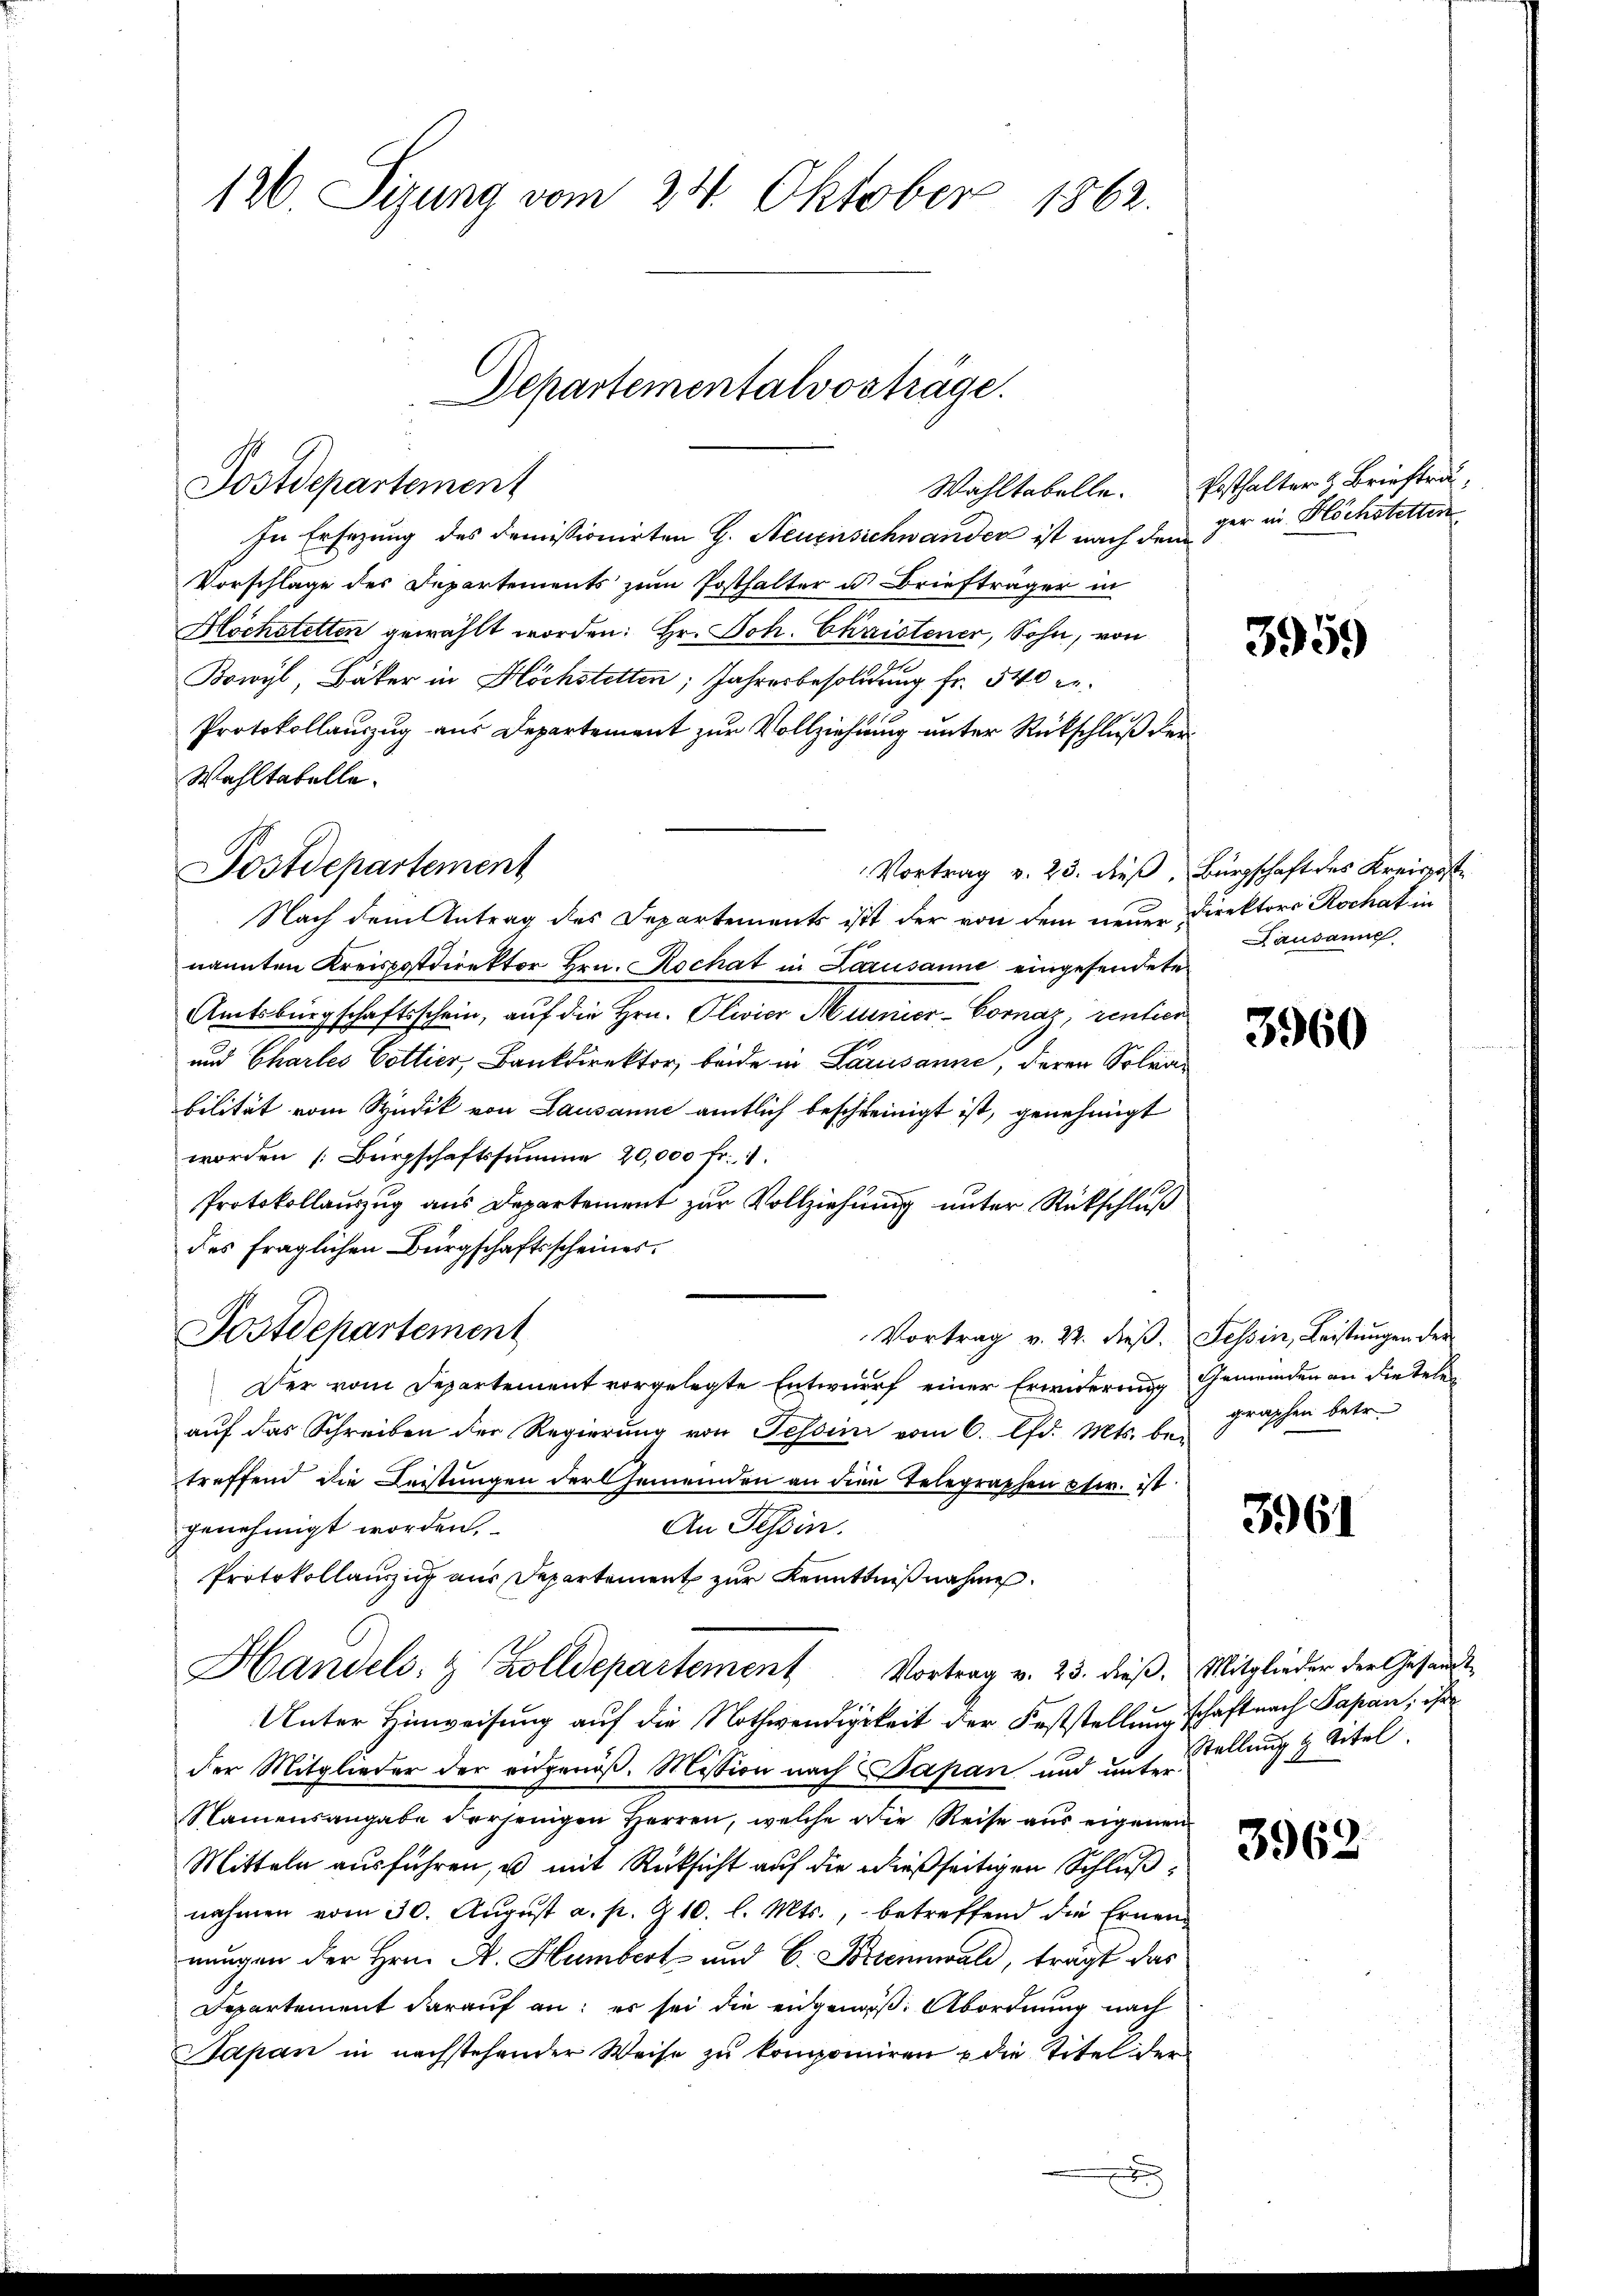
126. Sizung vom 24. Oktober 1862.

Postdepartement
In Ersezung des demissionirten H. Neuensichwander ist nach dem
Vorschläge des Departements zum Posthalter u. Briefträger in
Höchstetten gewählt worden: Hr. Joh. Christener, Sohn, von
Bowyl, Bäker in Höchstetten; Jahresbesoldung fr. 540 ge¬
Protokollauszug aus Departement zur Vollziehung unter Rückschluß der
Wahltabelle.
Vortrag v. 23. dieß. Bürgschaft des Kreispost
Nach dem Antrag des Departements ist der von dem neuer Direktors Rochat in
nannten Kreispostdirektor Hrn. Rochat in Lausanne eingesendete
Amtsbürgschaftsschein, auf die Hrn. Olivier Munier-Bornaz, rentier¬
und Charles Gottier, Bankdirektor beide in Lausanne, deren Soleibilität vom Studik von Lausanne amtlich beschreinigt ist, genehmigt
worden (Bürgschaftssumme 20,000 fr. 1.
Protokollauszug aus Departement zur Vollziehung unter Rückschluß
des fraglichen Bürgschaftsscheines
Postdepartement
Vortrag v. 22. dieβ. Tessin, Leistŭngen der
Der vom Departement vorgelegte Entwurf einer Erwiderung Gemeinden an diesele
auf das Schreiben der Regierung von Tessini vom 6. d. Mts. be-
treffend die Leistungen der Gemeinden an die Telegraphen cir. ist
An Tessin.
genehmigt worden.
Protokollauszug aus Departement zur Kenntnißnahme.
Handels- & Zolldepartement Vortrag v. 25. dieβ. Mitglieder der Gesandt-
Unter Hinweisung auf die Nothwendigkeit der Feststellung schaft nach Papan, ihr
der Mitglieder der angenoß. Mission nach Papan und unter
Namensangabe derjenigen Herren, welche die Reise aus eigenen
Mitteln ausführen, u mit Rücksicht auf die dießseitigen Schlußnahmen vom 30. Aŭgŭst a. p. & 10. l. Mts., betreffend die Ernen
nungen der Hrn. A. Humbert und 6. Brennwald, trägt das
Departement darauf an: es sei die eidgenoß: Abordnung nach
Sapan in nachstehender Weise zu komponiren u die Titel der
.

Postdepartement

Wahltabelle.

Departementalvosträge.

Ersthalter Briefträ
ger in Höchstetten

3959

Lausanne

3960

graphen betr.

3961

Stellung & Titel.

3962